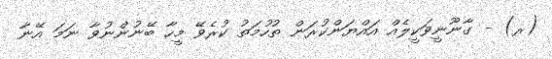
(ރ) - ގާނޫނީވަކީލެއް އައްޔަންކުރަން ތުހުމަތު ކުރެވޭ މީހާ ބޭނުންނުވާ ނަމަ އޭނާ